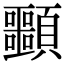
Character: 䫷